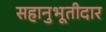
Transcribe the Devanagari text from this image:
सहानुभूतीदार